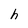
Character: h